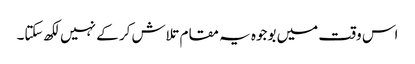
اس وقت میں بوجوہ یہ مقام تلاش کر کے نہیں لکھ سکتا۔